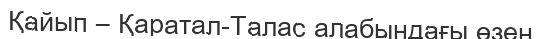
Қайып – Қаратал-Талас алабындағы өзен.